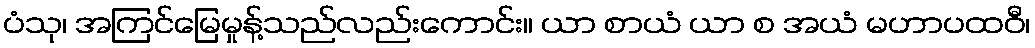
ပံသု၊ အကြင်မြေမှုန့်သည်လည်းကောင်း။ ယာ စာယံ ယာ စ အယံ မဟာပထဝီ၊